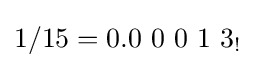
1/15=0.0\ 0\ 0\ 1\ 3_{!}